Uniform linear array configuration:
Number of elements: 12
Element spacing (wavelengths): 0.5
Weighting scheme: uniform
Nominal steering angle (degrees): -45
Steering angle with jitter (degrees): -46.789
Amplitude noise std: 0.05
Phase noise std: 0.05

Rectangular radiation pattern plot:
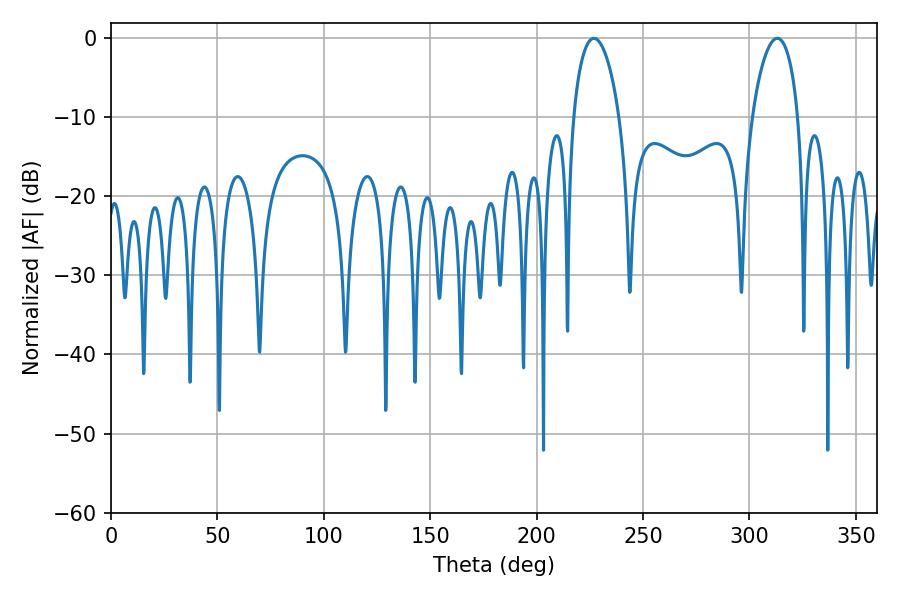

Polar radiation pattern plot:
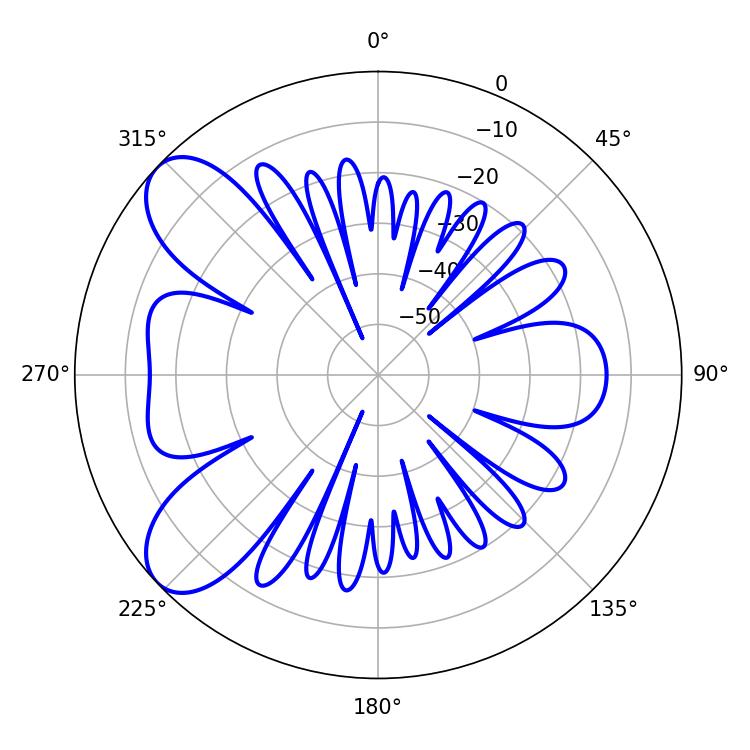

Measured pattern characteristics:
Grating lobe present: FALSE
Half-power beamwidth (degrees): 12.24
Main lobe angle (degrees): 313.02